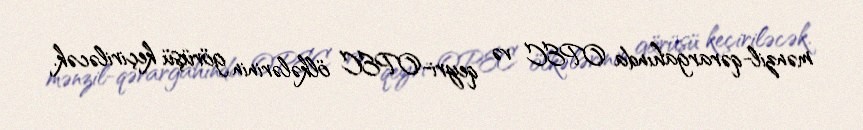
mənzil-qərargahında OPEC və qeyri-OPEC ölkələrinin görüşü keçiriləcək.